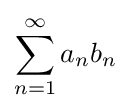
\sum _{n=1}^{\infty }a_{n}b_{n}